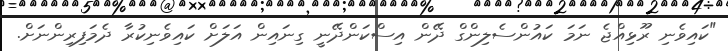
"ކައިވެނި ރޫޅިއްޖެ ނަމަ ކައުންސެލިންގް ދޭން އިސްކަންދޭނީ ގިނައިން އަލަށް ކައިވެނިކުރާ ދެމަފިރިންނަށް.